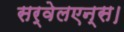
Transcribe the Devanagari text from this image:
सर्वेलएन्स।